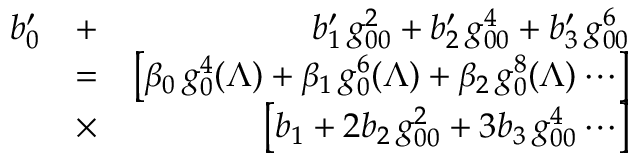
\begin{array} { r l r } { b _ { 0 } ^ { \prime } } & { + } & { b _ { 1 } ^ { \prime } \, g _ { 0 0 } ^ { 2 } + b _ { 2 } ^ { \prime } \, g _ { 0 0 } ^ { 4 } + b _ { 3 } ^ { \prime } \, g _ { 0 0 } ^ { 6 } } \\ & { = } & { \left[ \beta _ { 0 } \, g _ { 0 } ^ { 4 } ( \Lambda ) + \beta _ { 1 } \, g _ { 0 } ^ { 6 } ( \Lambda ) + \beta _ { 2 } \, g _ { 0 } ^ { 8 } ( \Lambda ) \cdots \right] } \\ & { \times } & { \left[ b _ { 1 } + 2 b _ { 2 } \, g _ { 0 0 } ^ { 2 } + 3 b _ { 3 } \, g _ { 0 0 } ^ { 4 } \cdots \right] } \end{array}